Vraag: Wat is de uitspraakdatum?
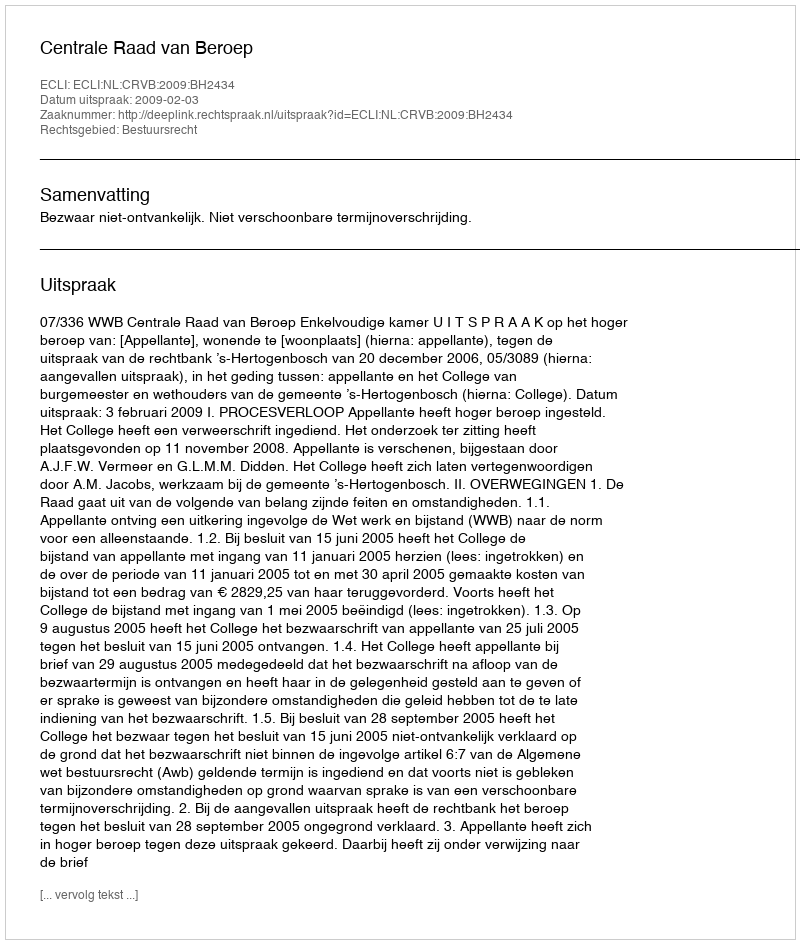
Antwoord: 2009-02-03